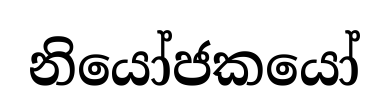
නියෝජකයෝ